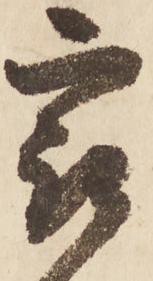
最